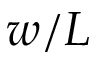
w / L